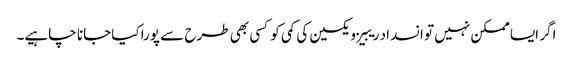
اگر ایسا ممکن نہیں تو انسداد ریبیز ویکسین کی کمی کو کسی بھی طرح سے پورا کیاجانا چاہیے۔